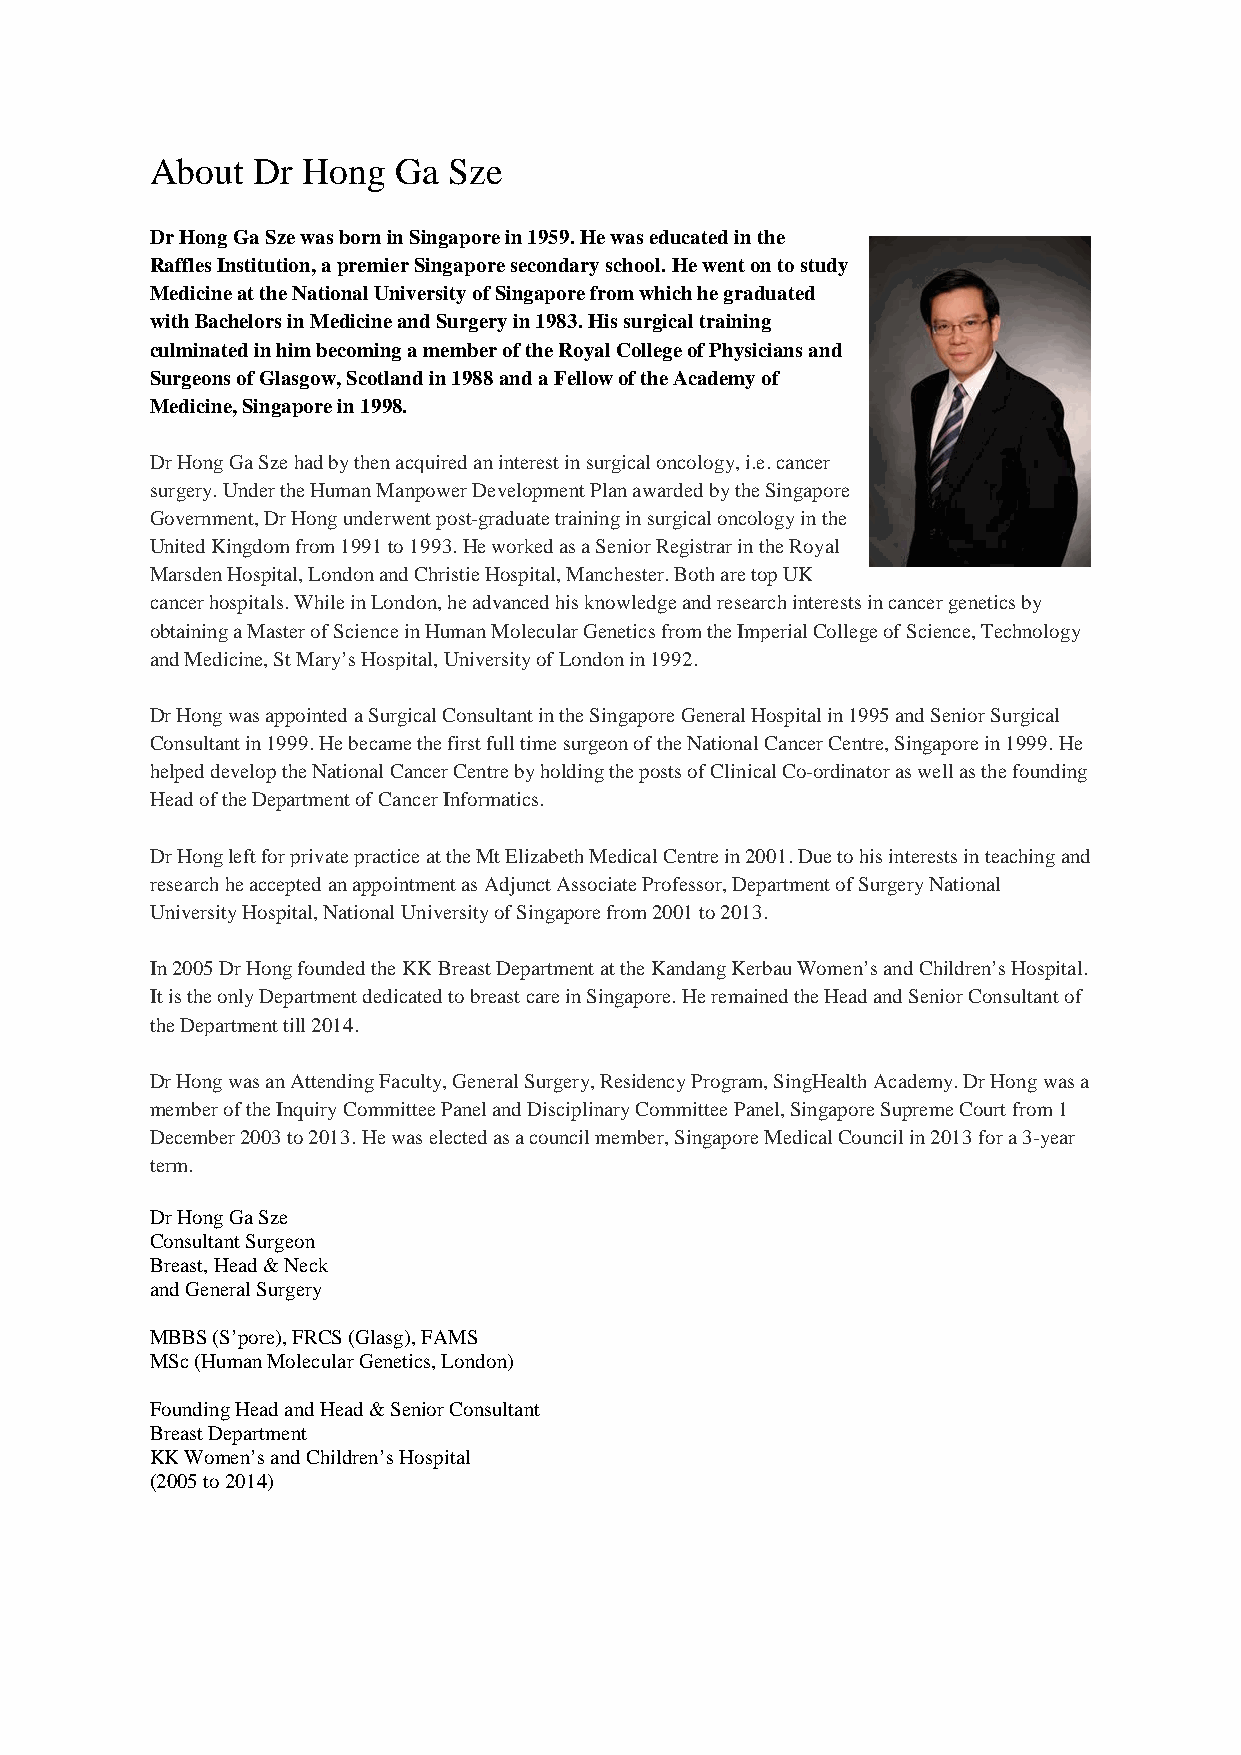
About  Dr Hong  Ga  Sze
 Dr Hong Ga Sze was born in Singapore in 1959. He was educated in the
 Raffles Institution, a premier Singapore secondary school. He went on to study
 Medicine at the National University of Singapore from which he graduated
 with Bachelors in Medicine and Surgery in 1983. His surgical training
 culminated in him becoming a member of the Royal College of Physicians and
 Surgeons of Glasgow, Scotland in 1988 and a Fellow of the Academy of
 Medicine, Singapore in 1998.
 Dr Hong Ga Sze had by then acquired an interest in surgical oncology, i.e. cancer
 surgery. Under the Human Manpower Development Plan awarded by the Singapore
 Government, Dr Hong underwent post-graduate training in surgical oncology in the
 United Kingdom from 1991 to 1993. He worked as a Senior Registrar in the Royal
 Marsden Hospital, London and Christie Hospital, Manchester. Both are top UK
 cancer hospitals. While in London, he advanced his knowledge and research interests in cancer genetics by
 obtaining a Master of Science in Human Molecular Genetics from the Imperial College of Science, Technology
 and Medicine, St Mary’s Hospital, University of London in 1992.
 Dr Hong was appointed a Surgical Consultant in the Singapore General Hospital in 1995 and Senior Surgical
 Consultant in 1999. He became the first full time surgeon of the National Cancer Centre, Singapore in 1999. He
 helped develop the National Cancer Centre by holding the posts of Clinical Co-ordinator as well as the founding
 Head of the Department of Cancer Informatics.
 Dr Hong left for private practice at the Mt Elizabeth Medical Centre in 2001. Due to his interests in teaching and
 research he accepted an appointment as Adjunct Associate Professor, Department of Surgery National
 University Hospital, National University of Singapore from 2001 to 2013.
 In 2005 Dr Hong founded the KK Breast Department at the Kandang Kerbau Women’s and Children’s Hospital.
 It is the only Department dedicated to breast care in Singapore. He remained the Head and Senior Consultant of
 the Department till 2014.
 Dr Hong was an Attending Faculty, General Surgery, Residency Program, SingHealth Academy. Dr Hong was a
 member of the Inquiry Committee Panel and Disciplinary Committee Panel, Singapore Supreme Court from 1
 December 2003 to 2013. He was elected as a council member, Singapore Medical Council in 2013 for a 3-year
 term.
 Dr Hong Ga Sze
 Consultant Surgeon
 Breast, Head & Neck
 and General Surgery
 MBBS (S’pore), FRCS (Glasg), FAMS
 MSc (Human Molecular Genetics, London)
 Founding Head and Head & Senior Consultant
 Breast Department
 KK Women’s and Children’s Hospital
 (2005 to 2014)